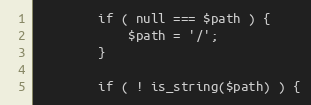
Language: PHP
        if ( null === $path ) {
            $path = '/';
        }

        if ( ! is_string($path) ) {